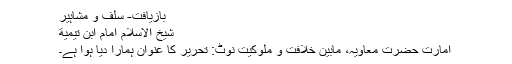
بازيافت- سلف و مشاہير
شيخ الاسلام امام ابن تيمية
امارتِ حضرت معاویہؓ، مابین خلافت و ملوکیت نوٹ: تحریر کا عنوان ہمارا دیا ہوا ہے۔